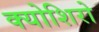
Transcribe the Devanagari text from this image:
क्योशिरो